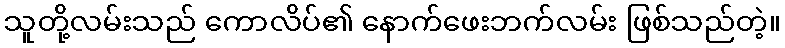
သူတို့လမ်းသည် ကောလိပ်၏ နောက်ဖေးဘက်လမ်း ဖြစ်သည်တဲ့။